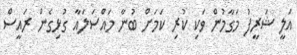
އަލީ ޝަރީފު މަގާމުން ވަކި ކުރި ކަމަށް ބުނާ މައްސަލައާ ގުޅިގެން ރައީސް